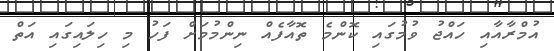
އުމްރާއާއި ހައްޖު ވުމުގައި ކޮންމެ ތޮއާފެއް ނިންމުމަށް ފަހު މި ހިލައިގައި އަތް